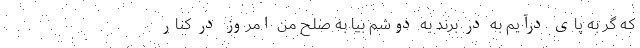
که گر به پای درآیم به در برند به دوشم بیا به صلح من امروز در کنار